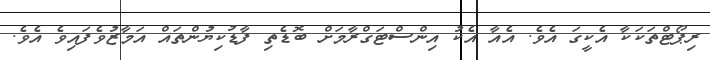
ރިޕޯޓްތަކަކާ އެކީގަ އެވެ. އެއާ އެކު އިންސްޓަގްރާމަށް ބޮޑެތި ފާޑުކިޔުންތައް އަމާޒުވެފައިވެ އެވެ.